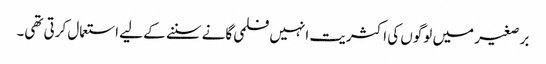
برصغیر میں لوگوں کی اکثریت انہیں فلمی گانے سننے کے لیے استعمال کرتی تھی۔